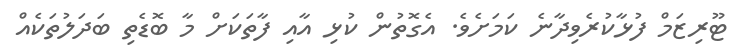
ޓޫރިޒަމް ފުޅާކުރެވިދާނެ ކަމަށެވެ. އެގޮތުން ކުޅި އާއި ފާތަކަށް މާ ބޮޑެތި ބަދަލުތަކެއް